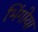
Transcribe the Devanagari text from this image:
भिंगोया